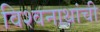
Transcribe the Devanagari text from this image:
विश्वनाथांची